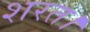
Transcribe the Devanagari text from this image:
शरत।